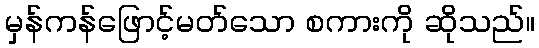
မှန်ကန်ဖြောင့်မတ်သော စကားကို ဆိုသည်။